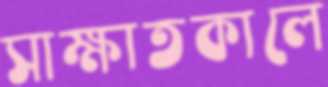
সাক্ষাতকালে